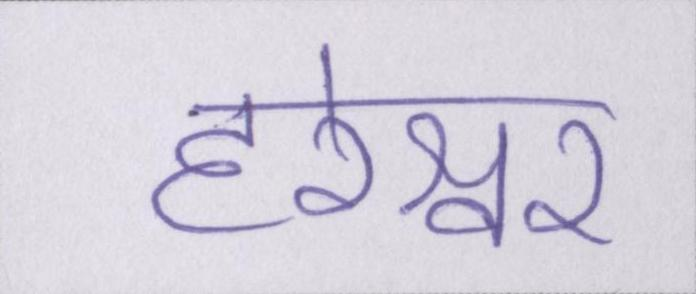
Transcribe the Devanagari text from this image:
हरेश्वर